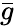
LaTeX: \bar{g}